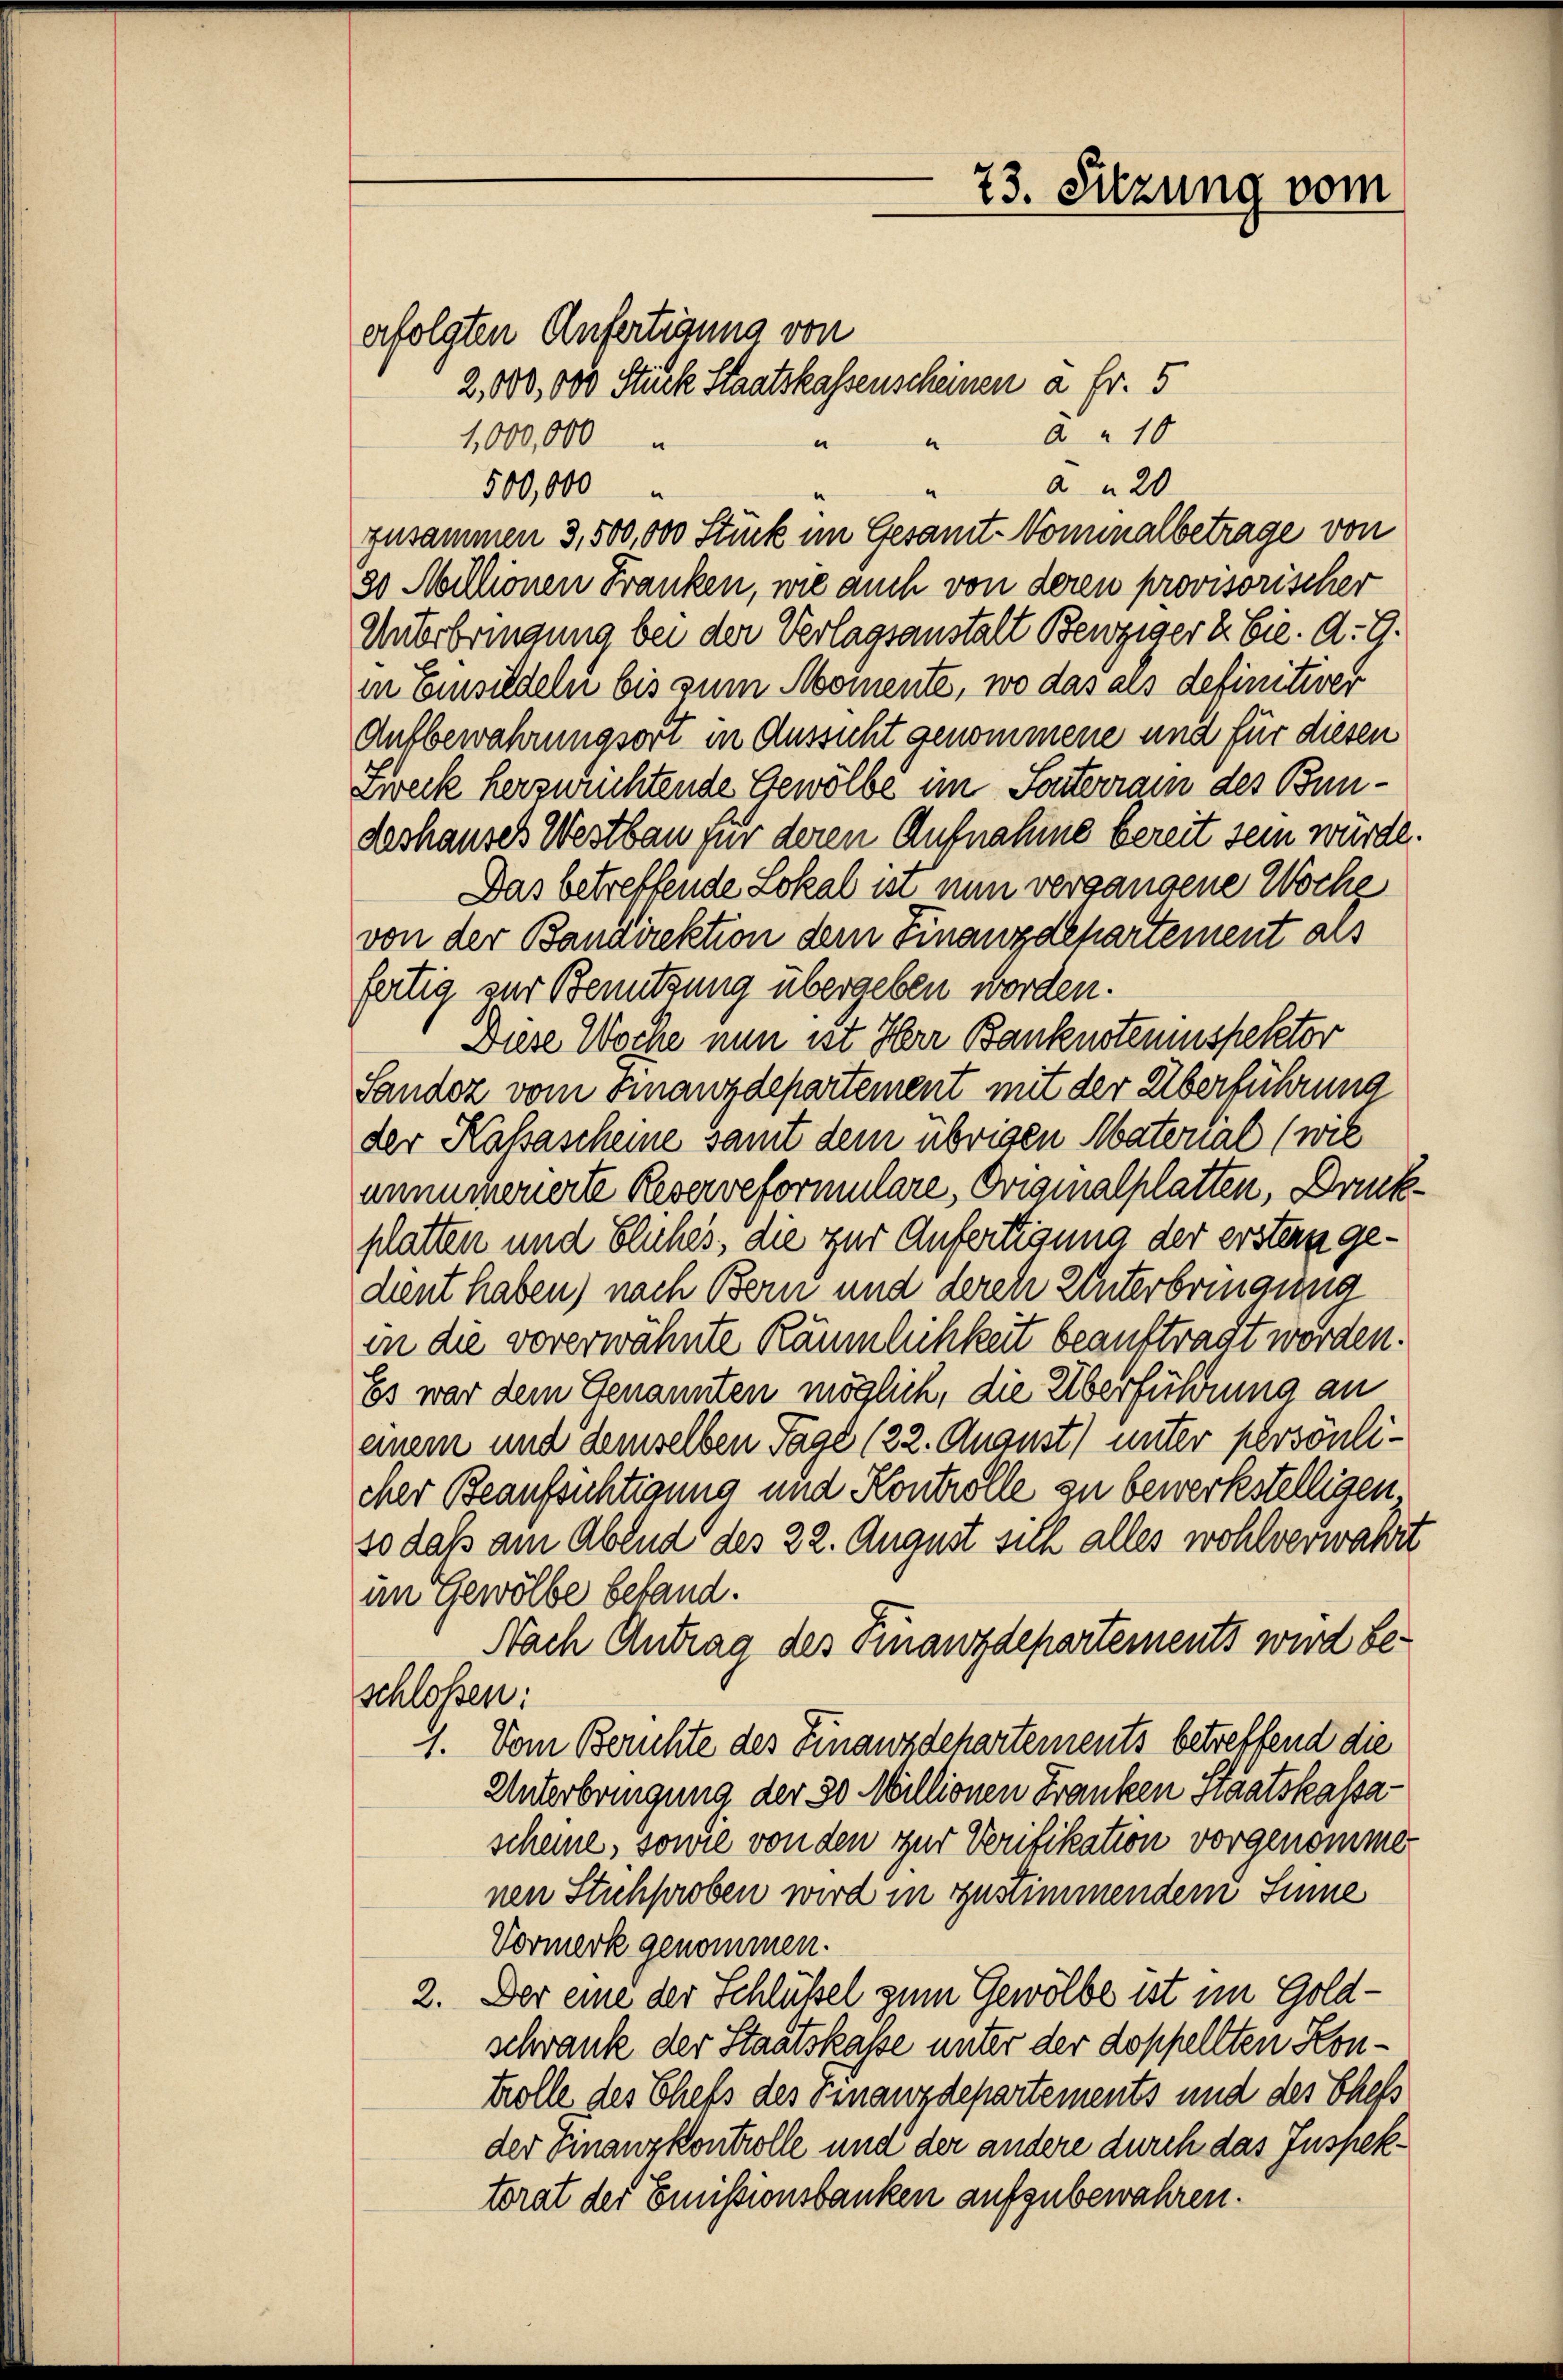
erfolgten Anfertigung von
A 10
1,000,000
e
e
à n 20
500,000
zusammen 3,500,000 Stück im Gesamt-Nominalbetrage von
20 Millionen Franken, wie auch von deren provisorischer
Unterbringung bei der Verlagsanstalt Beiziger & Cie. A. G.
in Emsiedeln bis zum Momente, wo das als definitiver
Aufbewahrungsort in Aussicht genommene und für diesen
Zweck herzwuchtende Gewölbe im Sonterrain des Bundeshauses Westbau für deren Aufnahme bereit sein würde.
Das betreffende Lokal ist nun vergangene Woche
von der Bandirektion dem Finanzdepartement als
fertig zur Benutzung übergeben worden.
Diese Woche nun ist Herr Banknoteninspektor
Sandoz vom Finanzdepartement mit der Überführung
der Kassascheine samt dem übrigen Material (wie
annumerierte Reserveformulare, Originalplatten, Druckplatten und Fluches, die zur Anfertigung der erstern gedent haben) nach Bern und derch Unterbringung
in die vorerwähnte Räumlichkeit beauftragt worden.
Es war dem Genannten möglich, die Überführung an
einem und demselben Tage (22. August) unter persönlicher Beaufsichtigung und Kontrolle zu bewerkstelligen
so daß am Abend des 22. August sich alles wohlverwahrt
im Gewölbe befand.
Nach Antrag des Finanzdepartements wird beschlossen:
1. Vom Berichte des Finanzdehartements betreffend die
Unterbringung der 30 Millionen Franken Staatskassascheine, sowie von den zur Verifikation vorgenomme
nen Stuchproben wird in zustimmendem Sinne
Vormerk genommen.
2. Der eine der Schlüßel zum Gewölbe ist im Goldschrank der Staatskasse unter der doppellten Kontrolle des Chefs des Finanzdepartements und des Schefs
der Finanzkontrolle und der andere durch das Inspektorat der Emissionsbanken aufzubewahren.

2,800,000 Stück Staatskassenscheinen à Fr. 5

73. Sitzung vom